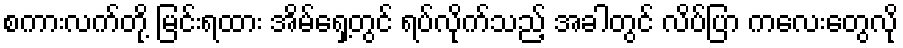
စကားလက်တို့ မြင်းရထား အိမ်ရှေ့တွင် ရပ်လိုက်သည့် အခါတွင် လိပ်ပြာ ကလေးတွေလို